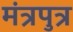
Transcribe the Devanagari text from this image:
मंत्रपुत्र